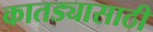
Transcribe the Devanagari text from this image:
कातड्यासाठी